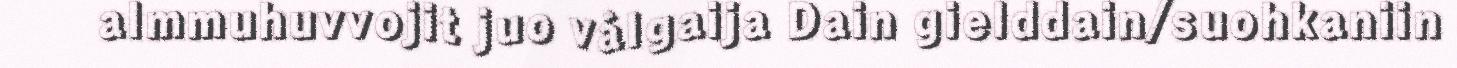
almmuhuvvojit juo válgaija Dain gielddain/suohkaniin